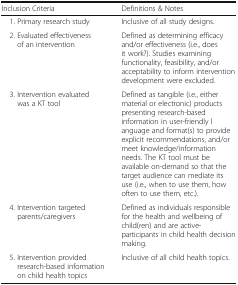
<table><thead><tr><td><b>Inclusion Criteria</b></td><td><b>Definitions &amp; Notes</b></td></tr></thead><tbody><tr><td> 1. Primary research study</td><td>Inclusive of all study designs.</td></tr><tr><td> 2. Evaluated effectiveness of an intervention</td><td>Defined as determining efficacy and/or effectiveness (i.e., does it work?). Studies examining functionality, feasibility, and/or acceptability to inform intervention development were excluded.</td></tr><tr><td> 3. Intervention evaluated was a KT tool</td><td>Defined as tangible (i.e., either material or electronic) products presenting research-based information in user-friendly language and format(s) to provide explicit recommendations, and/or meet knowledge/information needs. The KT tool must be available on-demand so that the target audience can mediate its use (i.e., when to use them, how often to use them, etc.).</td></tr><tr><td> 4. Intervention targeted parents/caregivers</td><td>Defined as individuals responsible for the health and wellbeing of child(ren) and are active-participants in child health decision making.</td></tr><tr><td> 5. Intervention provided research-based information on child health topics</td><td>Inclusive of all child health topics.</td></tr></tbody></table>